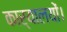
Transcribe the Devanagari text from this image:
कार्यालयों।